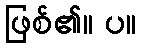
ဖြစ်၏။ ပ။